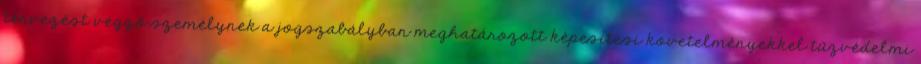
tervezést végzõ személynek a jogszabályban meghatározott képesítési követelményekkel tûzvédelmi